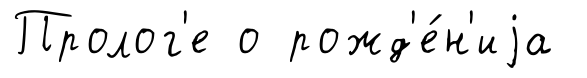
Пролог'е о рожд'е́н'иjа